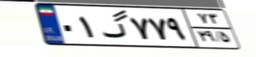
۰۱گ۷۷۹۷۳